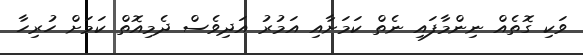
ވަކި ގޮތެއް ނިންމާފައި ނެތް ކަމަށާއި އަމުރު އަދިވެސް ދެމިއޮތް ކަމަށް ހުރިހާ